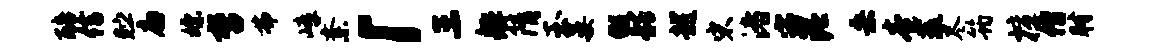
醅信贮扁嫖哲弗嶂紊「三舴隋玉晏假髂越宋渚宓泥桑卷蔬尽筠擅僧肘